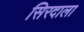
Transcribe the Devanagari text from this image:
सिरदाला